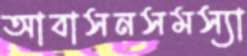
আবাসনসমস্যা